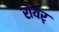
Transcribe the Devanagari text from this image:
रायर्